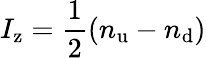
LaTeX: I_{\mathrm{z}}={\frac{1}{2}}(n_{\mathrm{u}}-n_{\mathrm{d}})